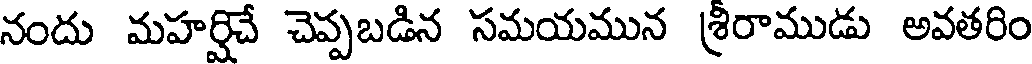
నందు మహర్షిచే చెప్పబడిన సమయమున శ్రిరాముడు అవతరిం